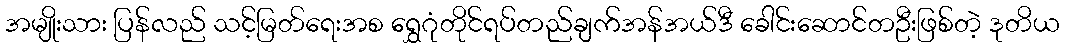
အမျိုးသား ပြန်လည် သင့်မြတ်ရေးအစ ရွှေဂုံတိုင်ရပ်တည်ချက်အန်အယ်ဒီ ခေါင်းဆောင်တဦးဖြစ်တဲ့ ဒုတိယ